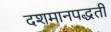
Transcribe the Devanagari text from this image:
दशमानपद्धती